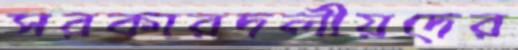
সরকারদলীয়দের